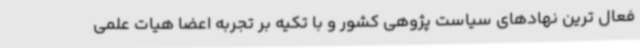
فعال ترین نهادهای سیاست پژوهی کشور و با تکیه بر تجربه اعضا هیات علمی